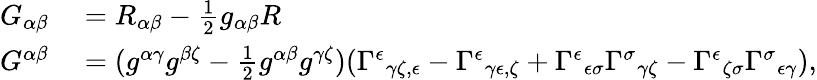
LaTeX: \begin{array}{rl}{G_{\alpha\beta}}&{{}=R_{\alpha\beta}-{\frac{1}{2}}g_{\alpha\beta}R}\\ {G^{\alpha\beta}}&{{}=(g^{\alpha\gamma}g^{\beta\zeta}-{\frac{1}{2}}g^{\alpha\beta}g^{\gamma\zeta})(\Gamma^{\epsilon}{}_{\gamma\zeta,\epsilon}-\Gamma^{\epsilon}{}_{\gamma\epsilon,\zeta}+\Gamma^{\epsilon}{}_{\epsilon\sigma}\Gamma^{\sigma}{}_{\gamma\zeta}-\Gamma^{\epsilon}{}_{\zeta\sigma}\Gamma^{\sigma}{}_{\epsilon\gamma}),}\end{array}